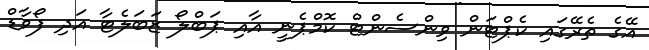
އޭގެ ތެރޭގައި ކެޕްޓަން ވިންސެންޓް ކޮމްޕެނީ އާއި ޕަބްލޯ ޒަބަލެޓާ އަދި ފޯވާޑް